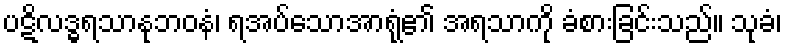
ပဋိလဒ္ဓရသာနုဘဝနံ၊ ရအပ်သောအာရုံ၏ အရသာကို ခံစားခြင်းသည်။ သုခံ၊